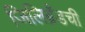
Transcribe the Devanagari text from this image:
जिलिब्रँडची